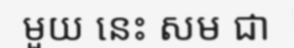
មួយ នេះ សម ជា